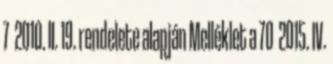
7 2010. II. 19. rendelete alapján Melléklet a 70 2015. IV.